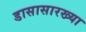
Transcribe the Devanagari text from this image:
डासासारख्या